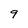
Character: 9